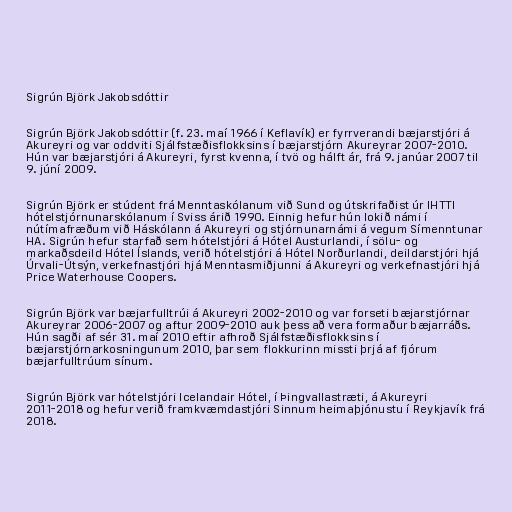
Sigrún Björk Jakobsdóttir

Sigrún Björk Jakobsdóttir (f. 23. maí 1966 í Keflavík) er fyrrverandi bæjarstjóri á
Akureyri og var oddviti Sjálfstæðisflokksins í bæjarstjórn Akureyrar 2007-2010.
Hún var bæjarstjóri á Akureyri, fyrst kvenna, í tvö og hálft ár, frá 9. janúar 2007 til
9. júní 2009.

Sigrún Björk er stúdent frá Menntaskólanum við Sund og útskrifaðist úr IHTTI
hótelstjórnunarskólanum í Sviss árið 1990. Einnig hefur hún lokið námi í
nútímafræðum við Háskólann á Akureyri og stjórnunarnámi á vegum Símenntunar
HA. Sigrún hefur starfað sem hótelstjóri á Hótel Austurlandi, í sölu- og
markaðsdeild Hótel Íslands, verið hótelstjóri á Hótel Norðurlandi, deildarstjóri hjá
Úrvali-Útsýn, verkefnastjóri hjá Menntasmiðjunni á Akureyri og verkefnastjóri hjá
Price Waterhouse Coopers.

Sigrún Björk var bæjarfulltrúi á Akureyri 2002-2010 og var forseti bæjarstjórnar
Akureyrar 2006-2007 og aftur 2009-2010 auk þess að vera formaður bæjarráðs.
Hún sagði af sér 31. maí 2010 eftir afhroð Sjálfstæðisflokksins í
bæjarstjórnarkosningunum 2010, þar sem flokkurinn missti þrjá af fjórum
bæjarfulltrúum sínum.

Sigrún Björk var hótelstjóri Icelandair Hótel, í Þingvallastræti, á Akureyri
2011-2018 og hefur verið framkvæmdastjóri Sinnum heimaþjónustu í Reykjavík frá
2018.